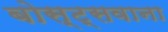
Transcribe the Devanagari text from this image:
बोस्ट्सवाना